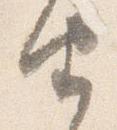
由